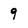
Character: 9